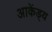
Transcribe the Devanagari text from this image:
आकेंड्य